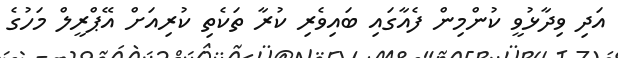
އަދި ވިދާޅުވީ ކުންމިން ފެއާގައި ބައިވެރި ކުރާ ތަކެތި ކުރިއަށް އޭޕްރީލް މަހުގެ